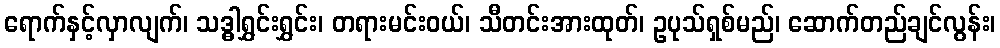
ရောက်နှင့်လှာလျက်၊ သဒ္ဓါရွှင်းရွှင်း၊ တရားမင်းဝယ်၊ သီတင်းအားထုတ်၊ ဥပုသ်ရှစ်မည်၊ ဆောက်တည်ချင်လွန်း၊